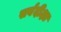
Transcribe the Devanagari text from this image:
सर्वदीक्षा